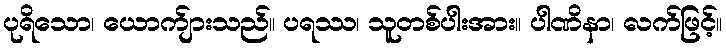
ပုရိသော၊ ယောက်ျားသည်။ ပရဿ၊ သူတစ်ပါးအား။ ပါဏိနာ၊ လက်ဖြင့်။